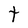
Character: t